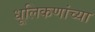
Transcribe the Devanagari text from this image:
धूलिकणांच्या